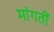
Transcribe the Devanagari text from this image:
मांगतीं